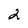
Character: 2